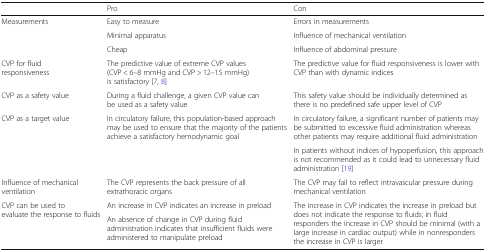
|  | Pro | Con |
 | --- | --- | --- |
 | <ROWSPAN=3> Measurements | Easy to measure | Errors in measurements |
 | Minimal apparatus | Influence of mechanical ventilation |
 | Cheap | Influence of abdominal pressure |
 | CVP for fluid responsiveness | The predictive value of extreme CVP values (CVP < 6–8 mmHg and CVP > 12–15 mmHg) is satisfactory [7, 8] | The predictive value for fluid responsiveness is lower with CVP than with dynamic indices |
 | CVP as a safety value | During a fluid challenge, a given CVP value can be used as a safety value | This safety value should be individually determined as there is no predefined safe upper level of CVP |
 | <ROWSPAN=2> CVP as a target value | <ROWSPAN=2> In circulatory failure, this population-based approach may be used to ensure that the majority of the patients achieve a satisfactory hemodynamic goal | In circulatory failure, a significant number of patients may be submitted to excessive fluid administration whereas other patients may require additional fluid administration |
 | In patients without indices of hypoperfusion, this approach is not recommended as it could lead to unnecessary fluid administration [19] |
 | Influence of mechanical ventilation | The CVP represents the back pressure of all extrathoracic organs | The CVP may fail to reflect intravascular pressure during mechanical ventilation |
 | <ROWSPAN=2> CVP can be used to evaluate the response to fluids | An increase in CVP indicates an increase in preload | <ROWSPAN=2> The increase in CVP indicates the increase in preload but does not indicate the response to fluids; in fluid responders the increase in CVP should be minimal (with a large increase in cardiac output) while in nonresponders the increase in CVP is larger |
 | An absence of change in CVP during fluid administration indicates that insufficient fluids were administered to manipulate preload |